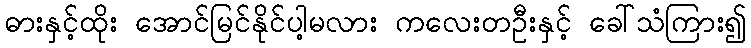
ဓားနှင့်ထိုး အောင်မြင်နိုင်ပါ့မလား ကလေးတဦးနှင့် ခေါ်သံကြား၍